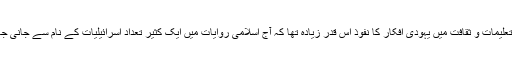
اسلامی تعلیمات و ثقافت میں یہودی افکار کا نفوذ اس قدر زیادہ تھا کہ آج اسلامی روایات میں ایک کثیر تعداد اسرائیلیات کے نام سے جانی جاتی ہے۔